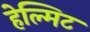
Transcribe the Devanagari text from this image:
हेल्मिट